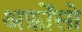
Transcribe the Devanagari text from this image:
अफ़ोंसो